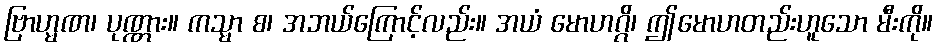
ဗြာဟ္မဏ၊ ပုဏ္ဏား။ ကသ္မာ စ၊ အဘယ်ကြောင့်လည်း။ အယံ မောဟဂ္ဂိ၊ ဤမောဟတည်းဟူသော မီးကို။